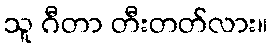
သူ ဂီတာ တီးတတ်လား။